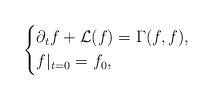
LaTeX: \begin{align*}\left\{\begin{aligned} &\partial_t f+\mathcal{L}(f)=\Gamma(f,f),\\ &f|_{t=0}=f_0,\end{aligned}\right.\end{align*}